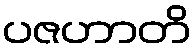
ပဇဟာတိ